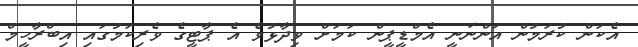
އެކަން ކުރަމުން އަންނަނީ އެމްޑީޕީން ކަމަށް ވިދާޅުވެ އެ ޕާޓީގެ ވެރިކަމުގައި އިބްރާހީމް